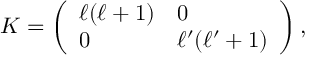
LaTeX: K = \left( \begin{array} { l l } { { \ell ( \ell + 1 ) } } & { { 0 } } \\ { { 0 } } & { { \ell ^ { \prime } ( \ell ^ { \prime } + 1 ) } } \end{array} \right) ,